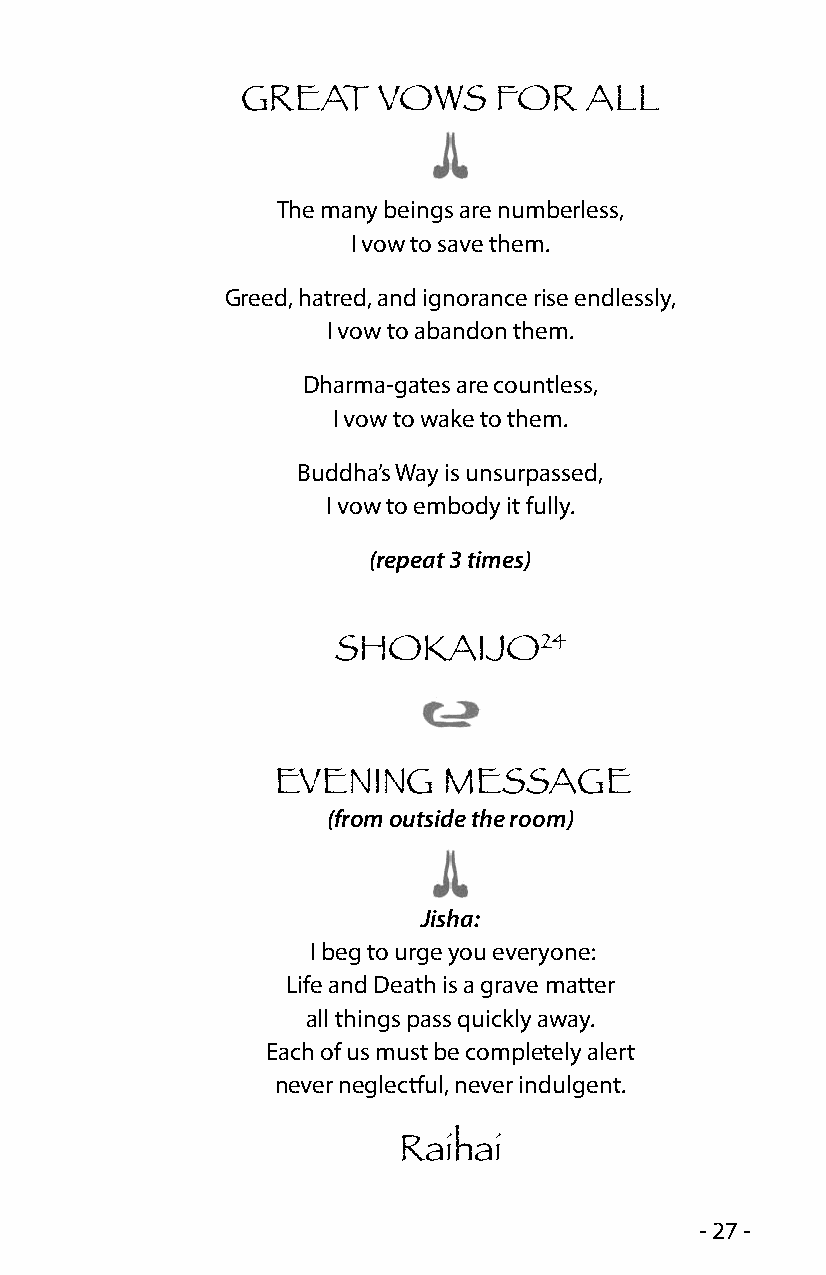
GREAT    VOWS    FOR   ALL
 The many beings are numberless,
 I vow to save them.
 Greed, hatred, and ignorance rise endlessly,
 I vow to abandon them.
 Dharma-gates are countless,
 I vow to wake to them.
 Buddha’s Way is unsurpassed,
 I vow to embody it fully.
 (repeat 3 times)
 24
 SHOKAIJO
 EVENING    MESSAGE
 (from outside the room)
 Jisha:
 I beg to urge you everyone:
 Life and Death is a grave matter
 all things pass quickly away.
 Each of us must be completely alert
 never neglectful, never indulgent.
 Raihai
 - 27 -